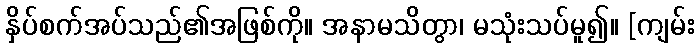
နှိပ်စက်အပ်သည်၏အဖြစ်ကို။ အနာမသိတွာ၊ မသုံးသပ်မူ၍။ [ကျမ်း